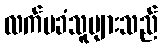
လက်မခံသူများသည်